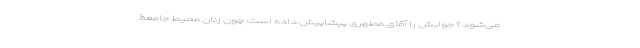
می‌شود؟ جوابش را آقای مطهری پیشاپیش داده است: چون زنان محیط جامعۀ